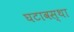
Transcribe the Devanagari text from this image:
घटावस्था